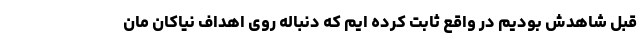
قبل شاهدش بودیم در واقع ثابت کرده ایم که دنباله روی اهداف نیاکان مان